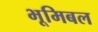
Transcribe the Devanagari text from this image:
भूमिबल